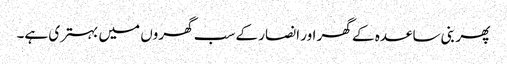
پھر بنی ساعدہ کے گھر اور انصار کے سب گھروں میں بہتری ہے۔